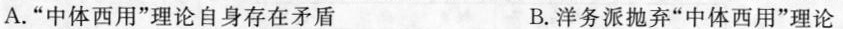
A. “中体西用”理论自身存在矛盾 B. 洋务派抛弃“中体西用”理论